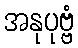
အနုပုဗ္ဗံ